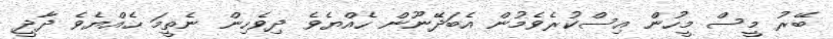
ބޭރު މީސް މީހުން އިސްކުރެވެމުން އެބަދޭނޫން ހެއްޔެވެ ދިވެހިން ނެތީމަ ހެއްޔެވެ ދާދީ